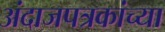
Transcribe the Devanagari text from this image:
अंदाजपत्रकांच्या